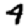
Digit: 4